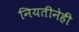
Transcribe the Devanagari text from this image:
नियतीनेही